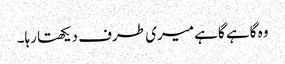
وہ گاہے گاہے میری طرف دیکھتا رہا۔